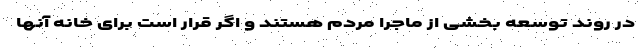
در روند توسعه بخشی از ماجرا مردم هستند و اگر قرار است برای خانه آنها